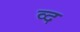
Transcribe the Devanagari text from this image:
व्द